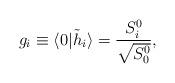
LaTeX: \begin{align*}g_{i}\equiv \langle 0\vert{\tilde h}_i\rangle={S^{0}_{i}\over{\sqrt{S^{0}_{0}}}},\end{align*}